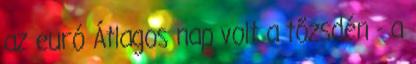
az euró Átlagos nap volt a tőzsdén - a